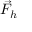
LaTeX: { \vec { F } } _ { h }